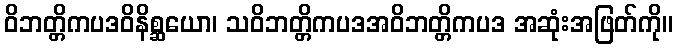
ဝိဘတ္တိကပဒဝိနိစ္ဆယော၊ သဝိဘတ္တိကပဒအဝိဘတ္တိကပဒ အဆုံးအဖြတ်ကို။